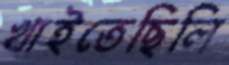
খাইতেছিলি